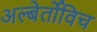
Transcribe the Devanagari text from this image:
अल्बेर्तोविच